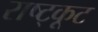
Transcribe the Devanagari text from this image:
राष्ट्कूट